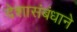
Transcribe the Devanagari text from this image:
देशासंबंधाने